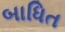
બાધિત